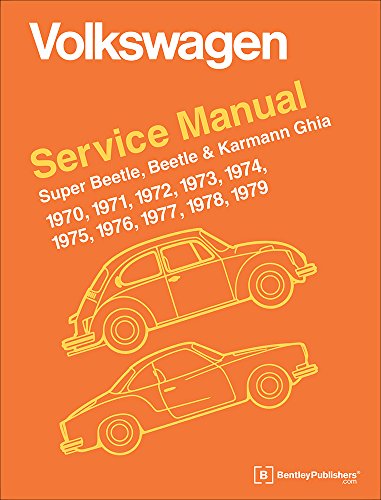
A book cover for Volkswagen Service Manual Super Beetle, Beetle & Karmann Ghia: 1970-1979; Volkswagen of America; Engineering & Transportation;